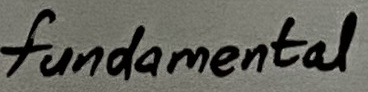
Text: fundamental